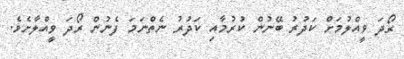
ރޯދަ ވީއްލުމަށް ކަދުރު ބޭނުން ކުރުމާއި ކަދުރު ނެތްނަމަ ފެނުން ރޯދަ ވީއްލާށެވެ.